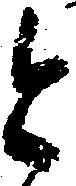
と